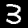
Label: 3